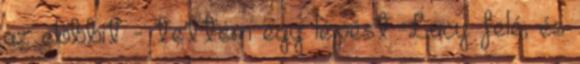
az előbbit - tettem egy lépést Lucy felé, és